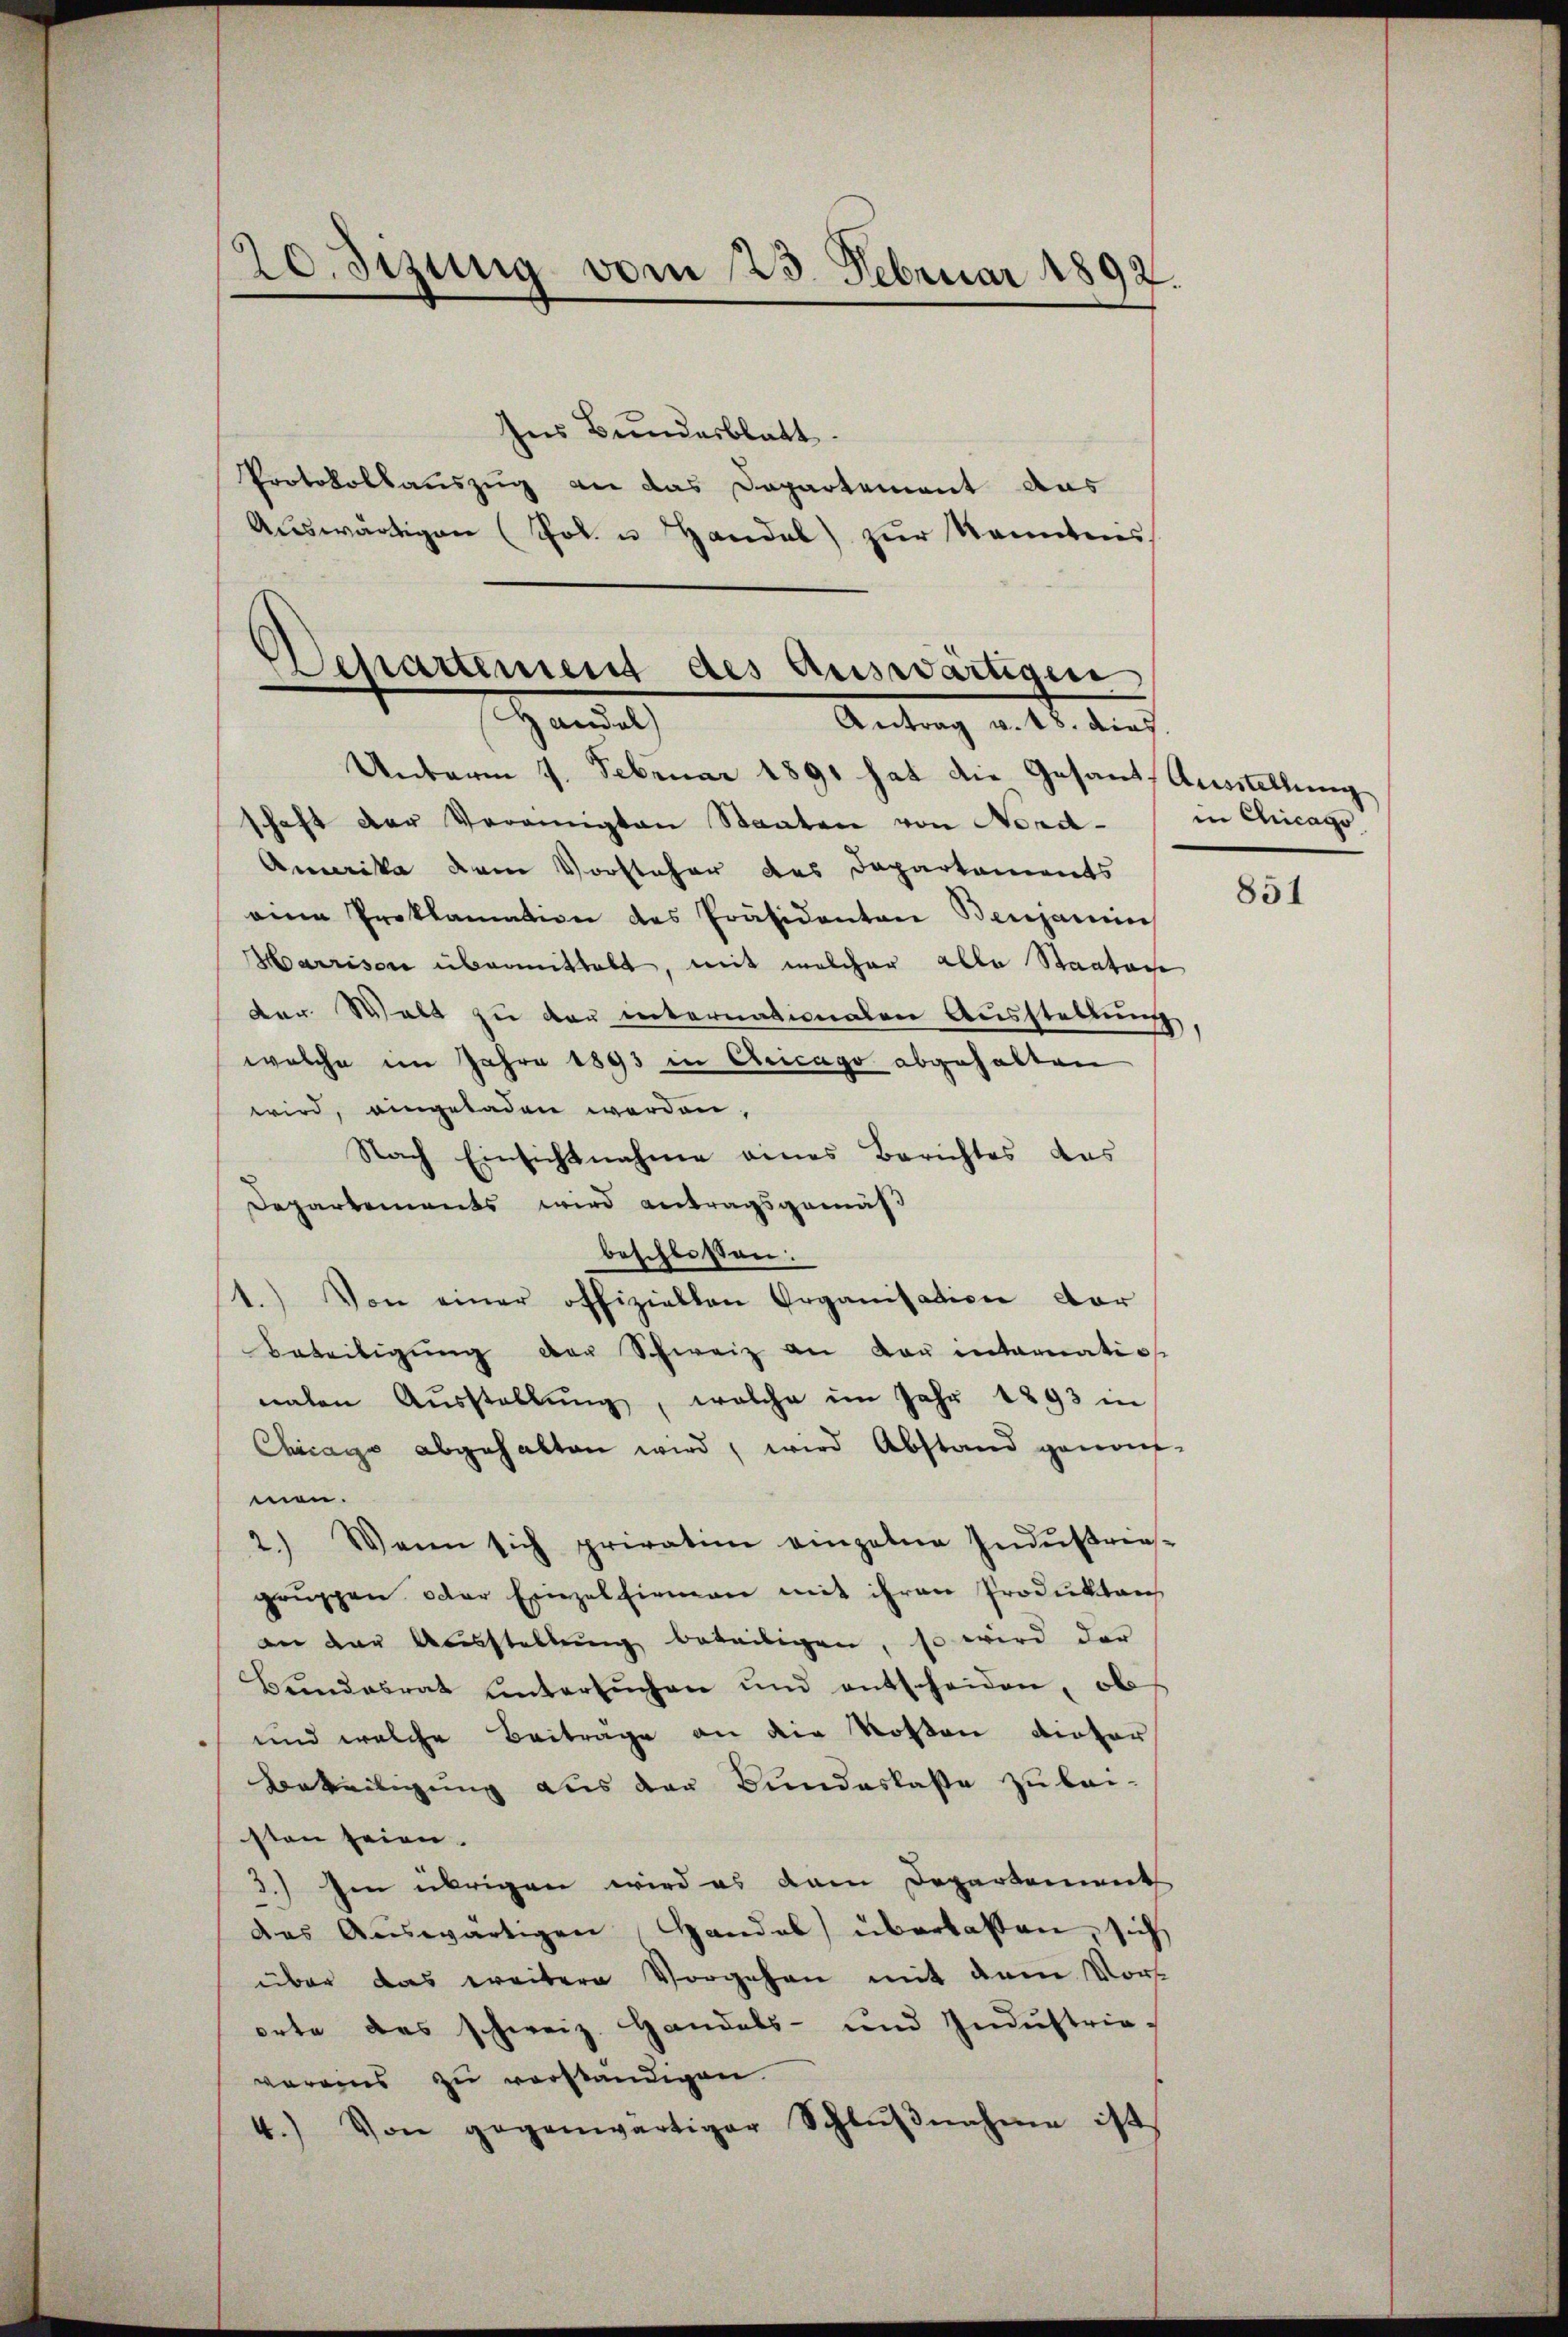
20. Sizung vom 23. Februar 1892.

Ins Bundesblatt.
Protokollauszug an das Departement das
Aŭswärtigen (Job. u Handel zŭr Kenntnis,
Departement des Auswärtigen

Handel
Antrag v. 18. dies

Unterm 7. Februar 1891 hat die Gesandt Ausstellung
schaft der Veränigten Staaten von Nord- / in Chicago
Amerika dem Vorsteher des Departements
eine Proklamation des Präsidanten Benjamins
Harrison übermittelt, mit welcher alle Staates
der Welt zu der internationalen Ausstellung,
welche im Jahre 1893 in Chicago abgehalten
wird, eingeladen worden,
Nach Einsichtnahme eines Berichtes das
Departements wird antragsgemäß
beschlossen:
1.) Von einer offiziellen Organisation dar
Beteiligŭng der Schweiz an dan internatio
naten Aŭsstellŭng, welche im Jahr 1893 in
Chicago abgehalten wird, wird Abstand genom-
men.
2.) Wenn sich privation einzelne Indŭstrie-
gruppen oder Einzelfirmen mit ihren Produktens
an der Ausstellŭng beteiligen, so wird der
Bŭndesrat ŭntersŭchen und entscheiden, ob
und welche Beiträge an die Kosten dictor
Beteiligung aus der Bundeskasse zu bei-
sten seien.
d.) Im übrigen wird es dem Departement
das Auswärtigen Handel überlassen, sich
über das weitere Vorgehen mit dem Vort
orte das schweiz. Handels- und Indŭstrie-
vereins zu verständigen.
4.) Von gegenwärtiger Schlŭβnahme ist

851